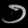
Digit: ၁